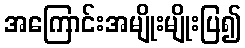
အကြောင်းအမျိုးမျိုးပြ၍